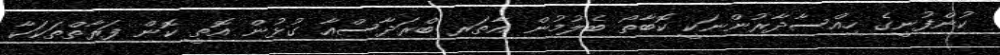
ކުންފުނީގެ ހިއްސާދާރުންނަކީ ކޮބާތޯ ބެލުމުން އާތަރ ބްރަދާސްއާ ގުޅުން އޮތީ ކޮން ފަރާތްތަކަކާ